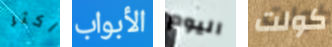
أكثر الأبواب اليوم كولت